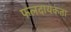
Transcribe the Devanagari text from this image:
फलदायकता